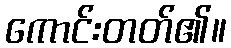
ကောင်းတတ်၏။